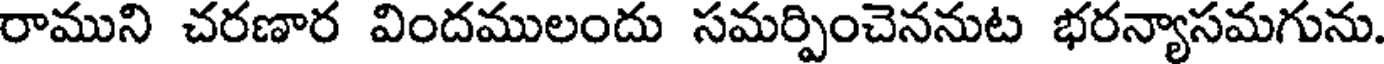
రాముని చరణార విందములందు సమర్పించెననుట భరన్యాసమగును.